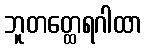
ဘူတတ္ထေရဂါထာ